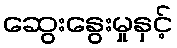
ဆွေးနွေးမှုနှင့်